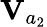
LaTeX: \mathbf V_{a_{2}}